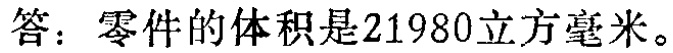
答：零件的体积是21980立方毫米。